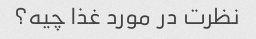
نظرت در مورد غذا چیه؟